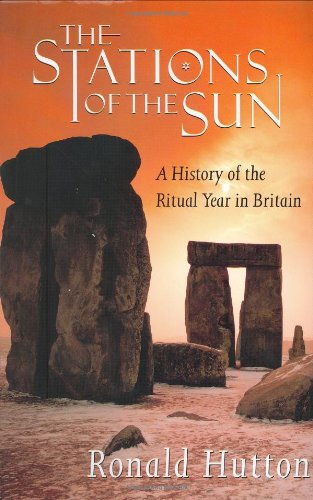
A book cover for The Stations of the Sun: A History of the Ritual Year in Britain; Ronald Hutton; Politics & Social Sciences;